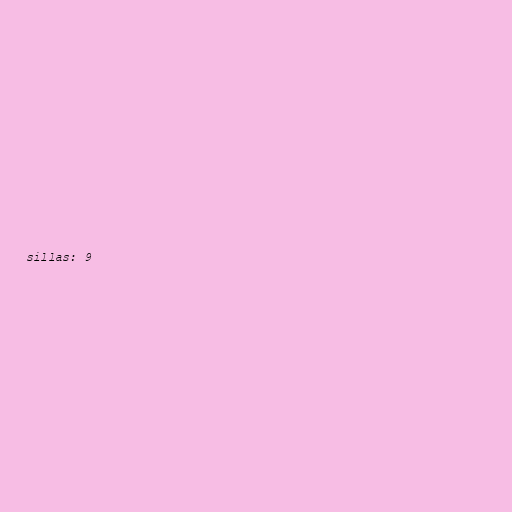
sillas: 9